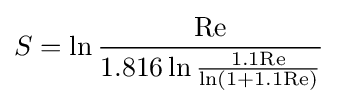
S=\ln {\frac {\mathrm {Re} }{\mathrm {1.816\ln {\frac {1.1\mathrm {Re} }{\ln \left(1+1.1\mathrm {Re} \right)}}} }}